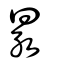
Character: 㫤